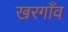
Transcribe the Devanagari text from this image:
खरगाँव